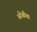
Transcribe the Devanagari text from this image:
अरेबीया